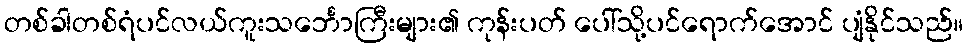
တစ်ခါတစ်ရံပင်လယ်ကူးသင်္ဘောကြီးများ၏ ကုန်းပတ် ပေါ်သို့ပင်ရောက်အောင် ပျံနိုင်သည်။